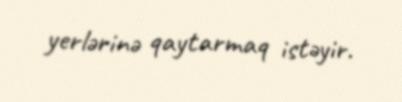
yerlərinə qaytarmaq istəyir.